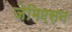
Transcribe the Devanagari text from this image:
जेमिएसन